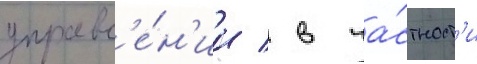
управл'е́н'ии / в ча́стност'и